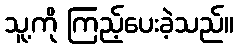
သူ့ကို ကြည့်ပေးခဲ့သည်။